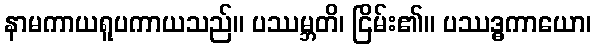
နာမကာယရူပကာယသည်။ ပဿမ္ဘတိ၊ ငြိမ်း၏။ ပဿဒ္ဓကာယော၊